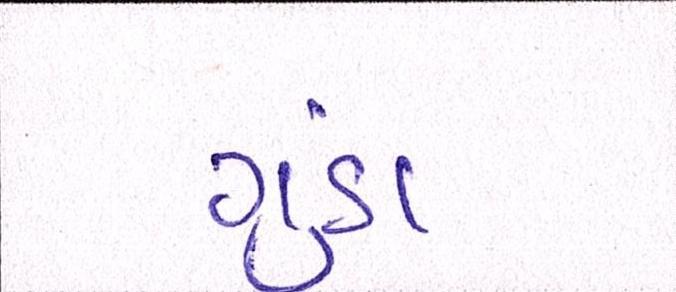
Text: ગુંડા